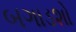
બગાડશો